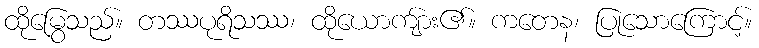
ထိုမြွေသည်။ တဿပုရိသဿ၊ ထိုယောကျ်ား၏။ ကတေန၊ ပြုသောကြောင့်။